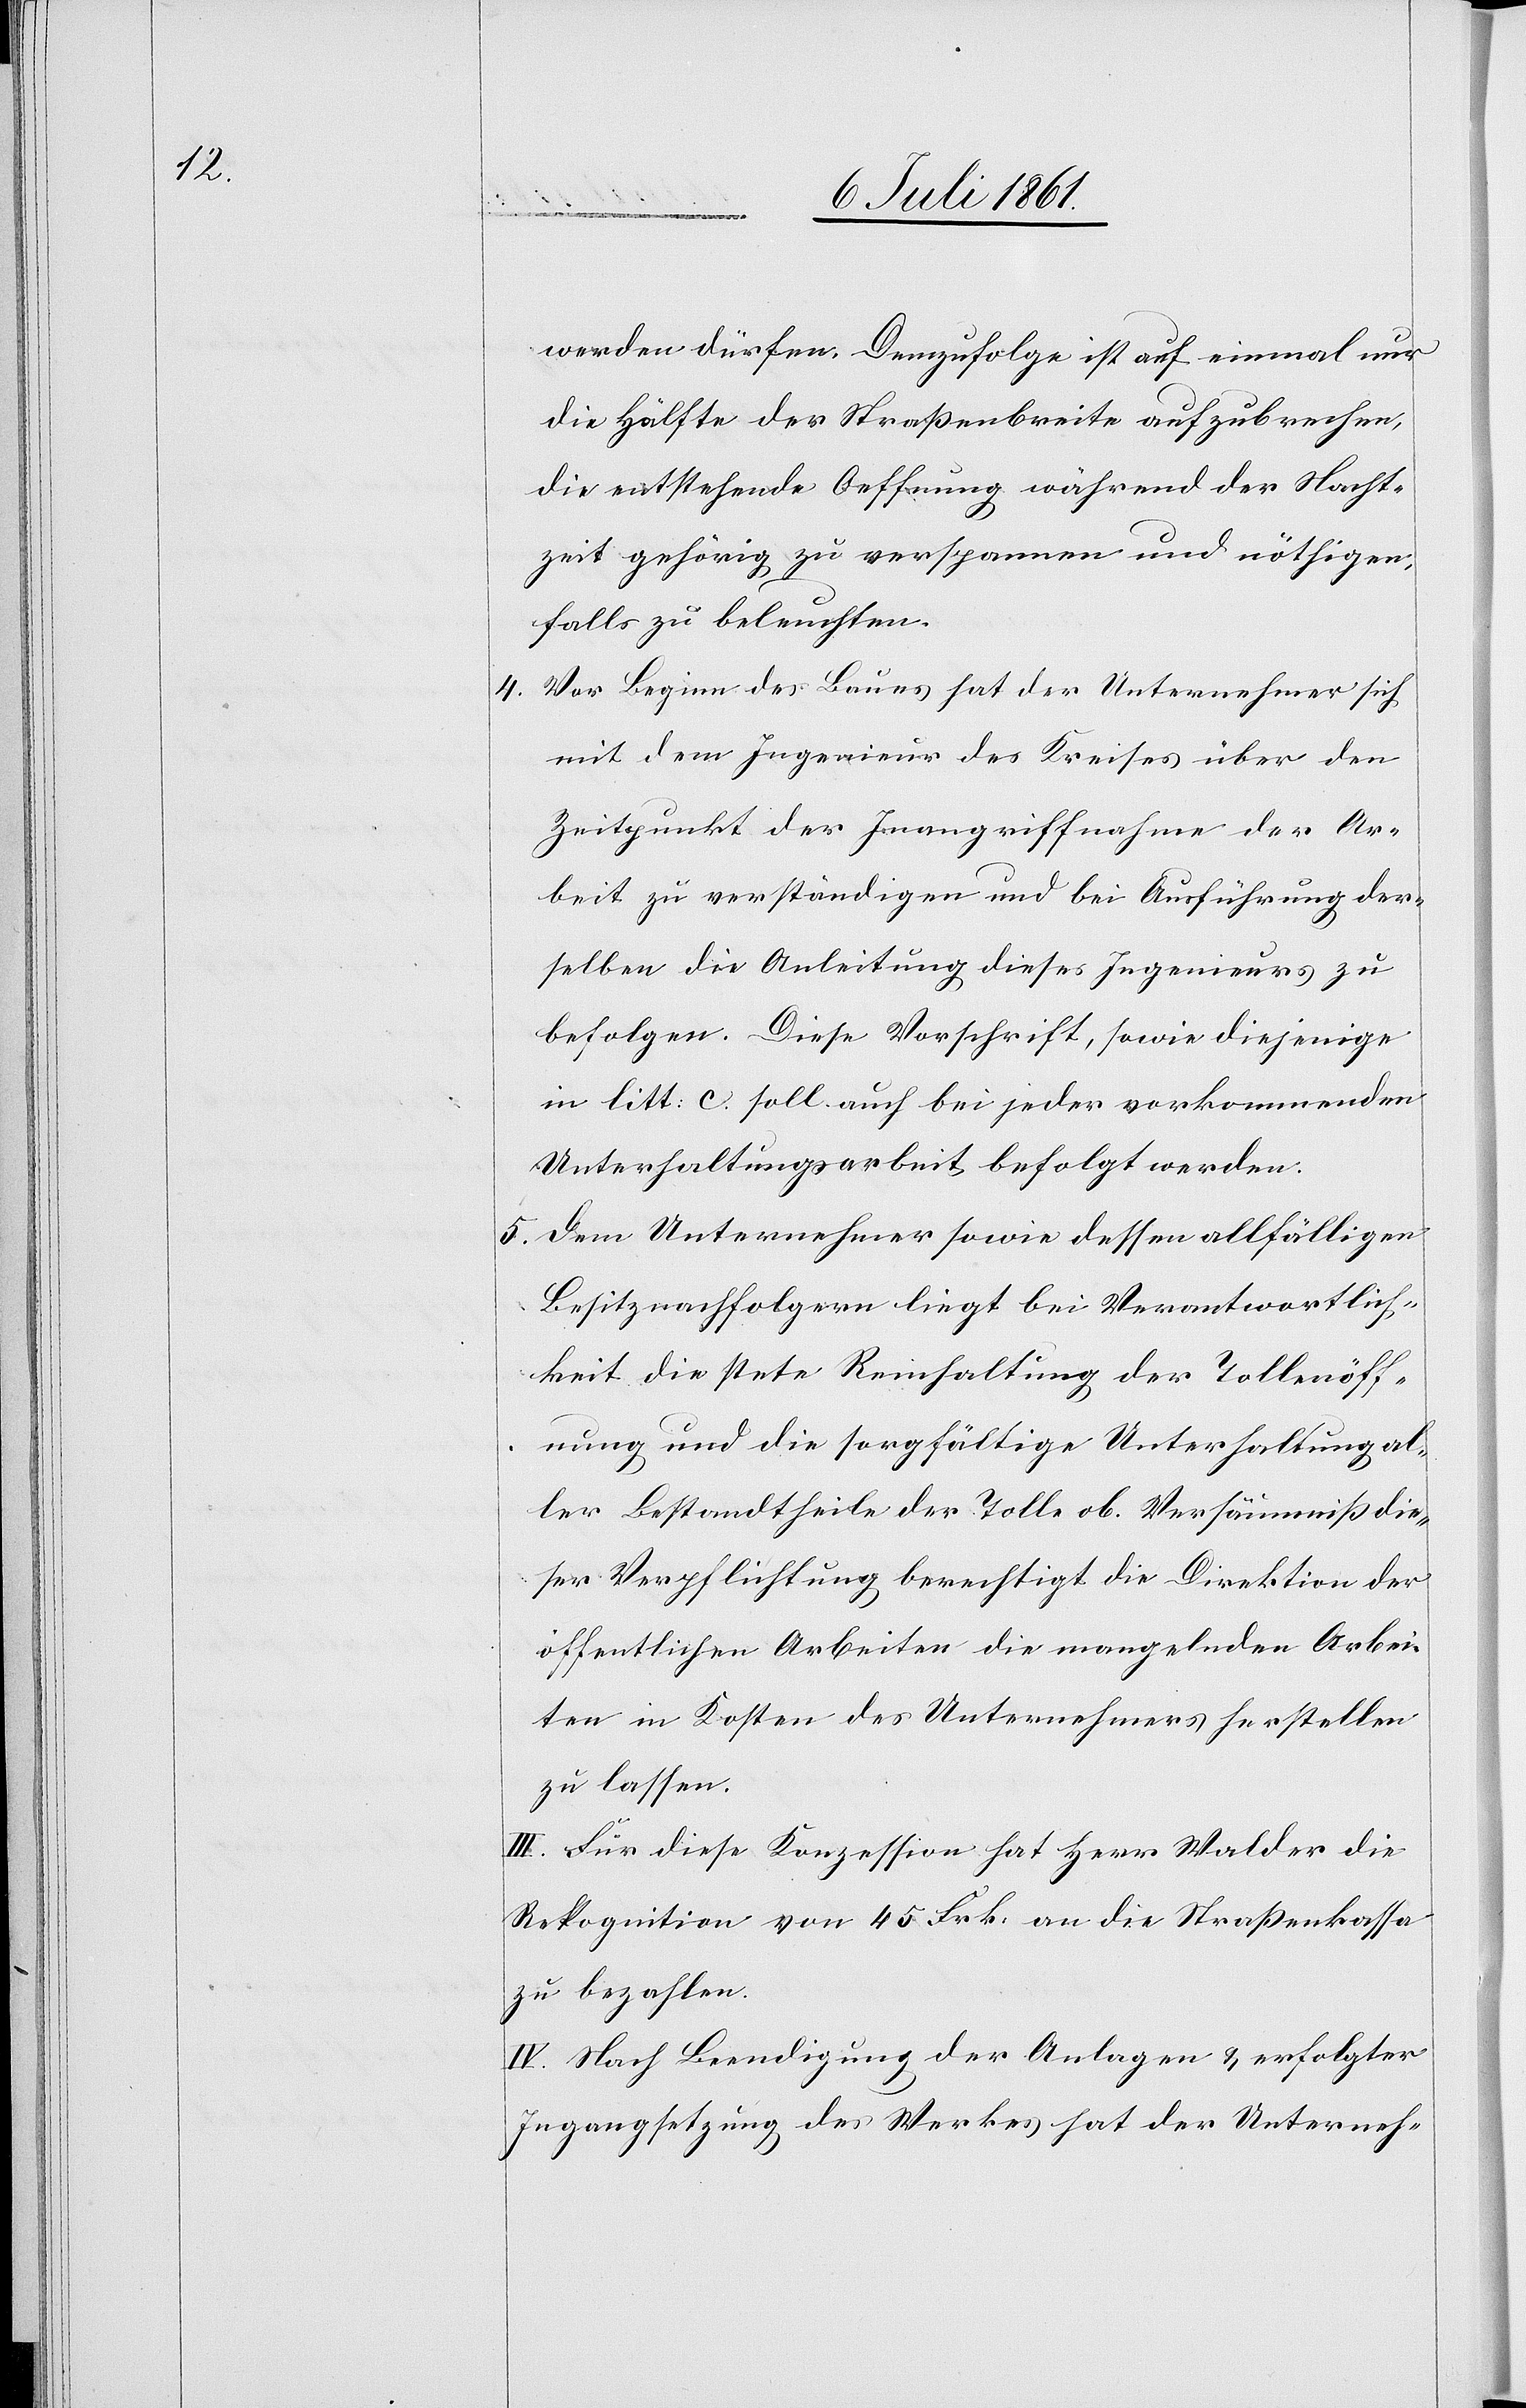
werden dürfen. Demzufolge ist auf einmal nur
die Hälfte der Straßenbreite aufzubrechen,
die entstehende Oeffnung während der Nacht¬
zeit gehörig zu verspannen und nöthigen¬
falls zu beleuchten.
4. Vor Beginn des Baues hat der Unternehmer sich
mit dem Ingenieur des Kreises über den
Zeitpunkt der Inangriffnahme der Ar¬
beit zu verständigen und bei Ausführung der¬
selben die Anleitung dieses Ingenieurs zu
befolgen. Diese Vorschrift, sowie diejenige
in litt. c. soll auch bei jeder vorkommenden
Unterhaltungsarbeit befolgt werden.
5. Dem Unternehmer sowie dessen allfälligen
Besitznachfolgern liegt bei Verantwortlich¬
keit die stete Reinhaltung der Tollenöff¬
nung und die sorgfältige Unterhaltung al¬
ler Bestandtheile der Tolle ob. Versäumniß die¬
ser Verpflichtung berechtigt die Direktion der
öffentlichen Arbeiten die mangelnden Arbei¬
ten in Kosten des Unternehmers herstellen
zu lassen.
III. Für diese Konzession hat Herr Walder die
Rekognition von 45 Frk. an die Straßenkassa
zu bezahlen.
IV. Nach Beendigung der Anlagen u. erfolgter
Ingangsetzung des Werkes hat der Unterneh-